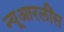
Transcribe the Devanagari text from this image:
न्यूआरलींस